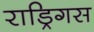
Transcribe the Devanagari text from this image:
राड्रिगस